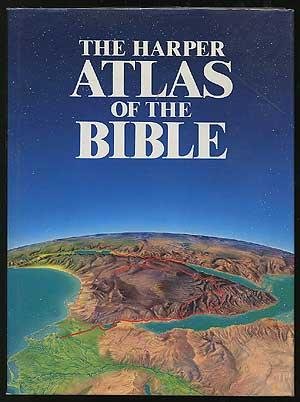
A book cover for The Harper Atlas of the Bible; Christian Books & Bibles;